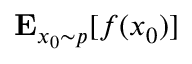
\mathbf { E } _ { { x _ { 0 } } \sim p } [ f ( x _ { 0 } ) ]